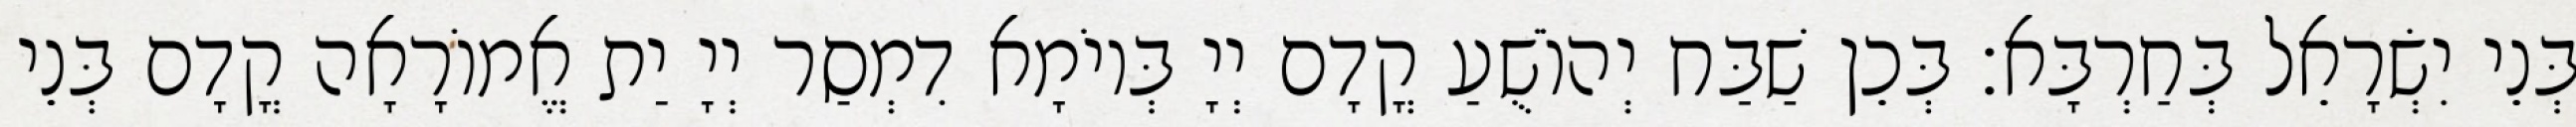
בְּנֵי יִשְׂרָאֵל בְּחַרְבָּא׃ בְּכֵן שַׁבַּח יְהוֹשֻׁעַ קֳדָם יְיָ בְּיוֹמָא דִמְסַר יְיָ יַת אֱמוֹרָאָה קֳדָם בְּנֵי